Report of the Municipal Commissioner on the plague in Bombay for the year ending 31st May... - Volume 3
Disease focus: Plague
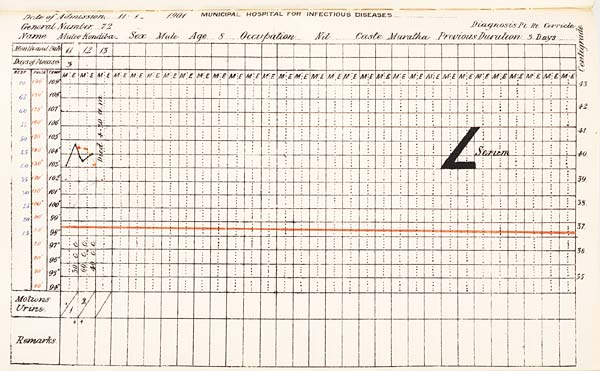
Date
of
Admission
1901
MUNICIPAL
HOSPITAL
FOR
INFECTIOUS
DISEASES.
General
Number
Diagnosis
Name
Sex
Age
Occupation
Caste
Previous
Duration